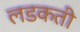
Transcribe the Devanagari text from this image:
लडकती